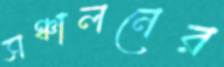
সঞ্চালনের